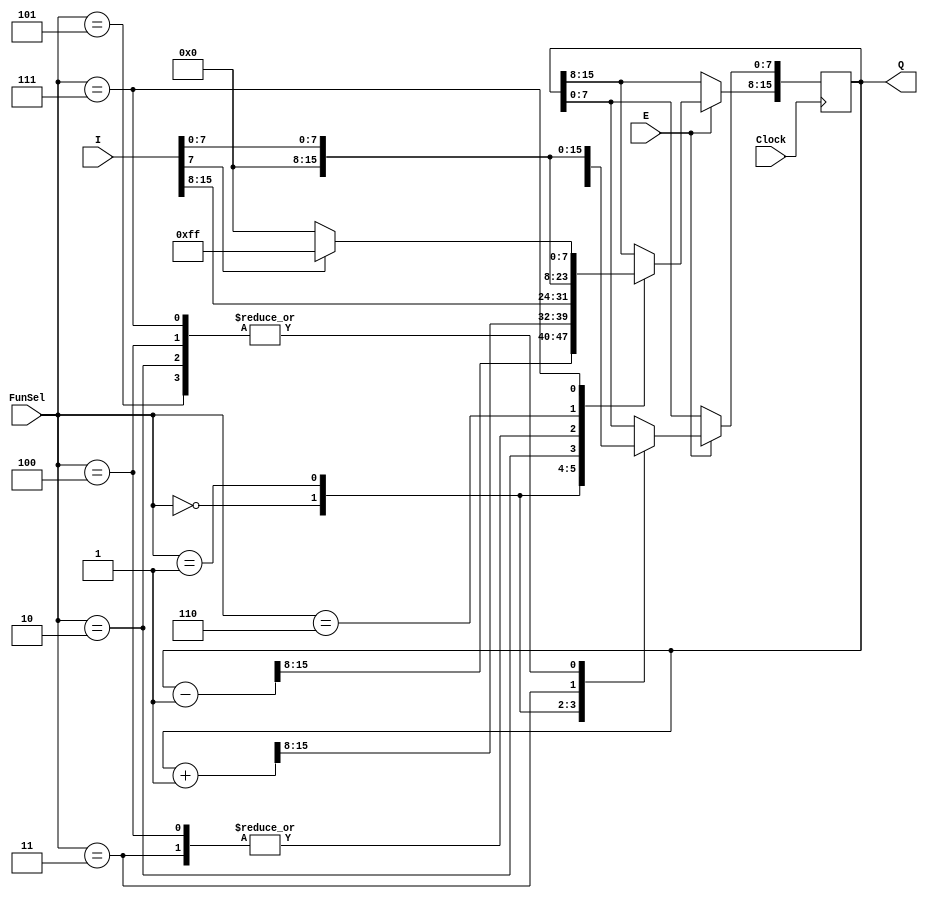
`timescale 1ns / 1ps
//////////////////////////////////////////////////////////////////////////////////
// Company: 
// Engineer: 
// 
// Design Name: 
// Module Name: Register
// Project Name: 
// Target Devices: 
// Tool Versions: 
// Description: 
// 
// Dependencies: 
// 
// Revision:
// Revision 0.01 - File Created
// Additional Comments:
// 
//////////////////////////////////////////////////////////////////////////////////


module Register(Clock,I,FunSel,E,Q);
    input wire E;
    input wire [2:0] FunSel;
    input wire [15:0] I;
    input wire Clock;
    output reg [15:0] Q;
    
    always @(posedge Clock)
        begin
        if(E)begin
            case(FunSel)
                3'b000: Q <= Q-1;   //Decrement
                3'b001: Q <= Q+1; //Increment
                3'b010: Q <= I;   //Load
                3'b011: Q <= 16'h0000; //Clear
                3'b100: begin
                           Q[15:8] <= 8'b00000000;
                           Q[7:0] <= I[7:0];
                        end
                3'b101: Q[7:0] <= I[7:0]; //Only write low
                3'b110: Q[15:8] <= I[7:0]; //Only write high
                3'b111: begin
                    if(I[7]== 1)
                        Q[15:8] <= 8'b11111111;
                    else
                        Q[15:0] <= 8'b00000000;
                        
                        Q[7:0] <= I[7:0];
                    end
                 
            default  : Q <=Q;
            endcase
         end
         else
            begin
                Q<=Q;
            end
         end
    endmodule